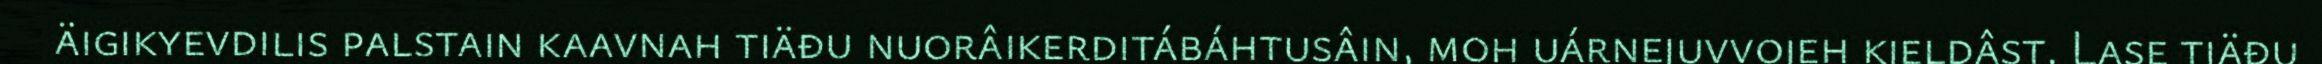
äigikyevdilis palstain kaavnah tiäđu nuorâikerditábáhtusâin, moh uárnejuvvojeh kieldâst. Lase tiäđu